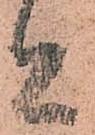
者